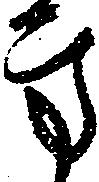
方